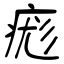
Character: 痝